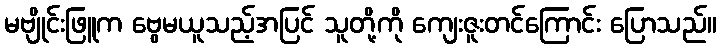
မဗျိုင်းဖြူက ဗွေမယူသည့်အပြင် သူတို့ကို ကျေးဇူးတင်ကြောင်း ပြောသည်။